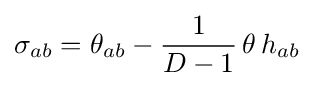
\sigma _{ab}=\theta _{ab}-{\frac {1}{D-1}}\,\theta \,h_{ab}